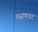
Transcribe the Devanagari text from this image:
मसणवट